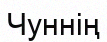
Чуннің